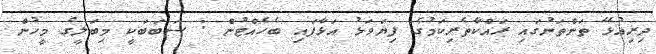
ދިރިއުޅޭ ތަންތަނުގައި ރައްކާތެރިކަމުގެ ފިޔަވަޅު އަޅާފައި ބެހެއްޓުން : ސަބަބަކީ މިބަލީގެ މީހުން